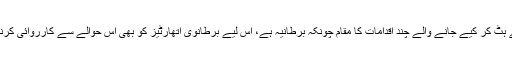
قانون سے ہٹ کر کیے جانے والے چند اقدامات کا مقام چونکہ برطانیہ ہے، اس لیے برطانوی اتھارٹیز کو بھی اس حوالے سے کارروائی کرنی چاہیے۔